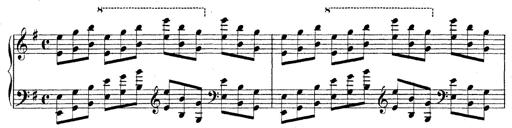
Title: Technische Studien
Composer: Franz Liszt